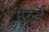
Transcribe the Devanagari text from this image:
मुरुडे